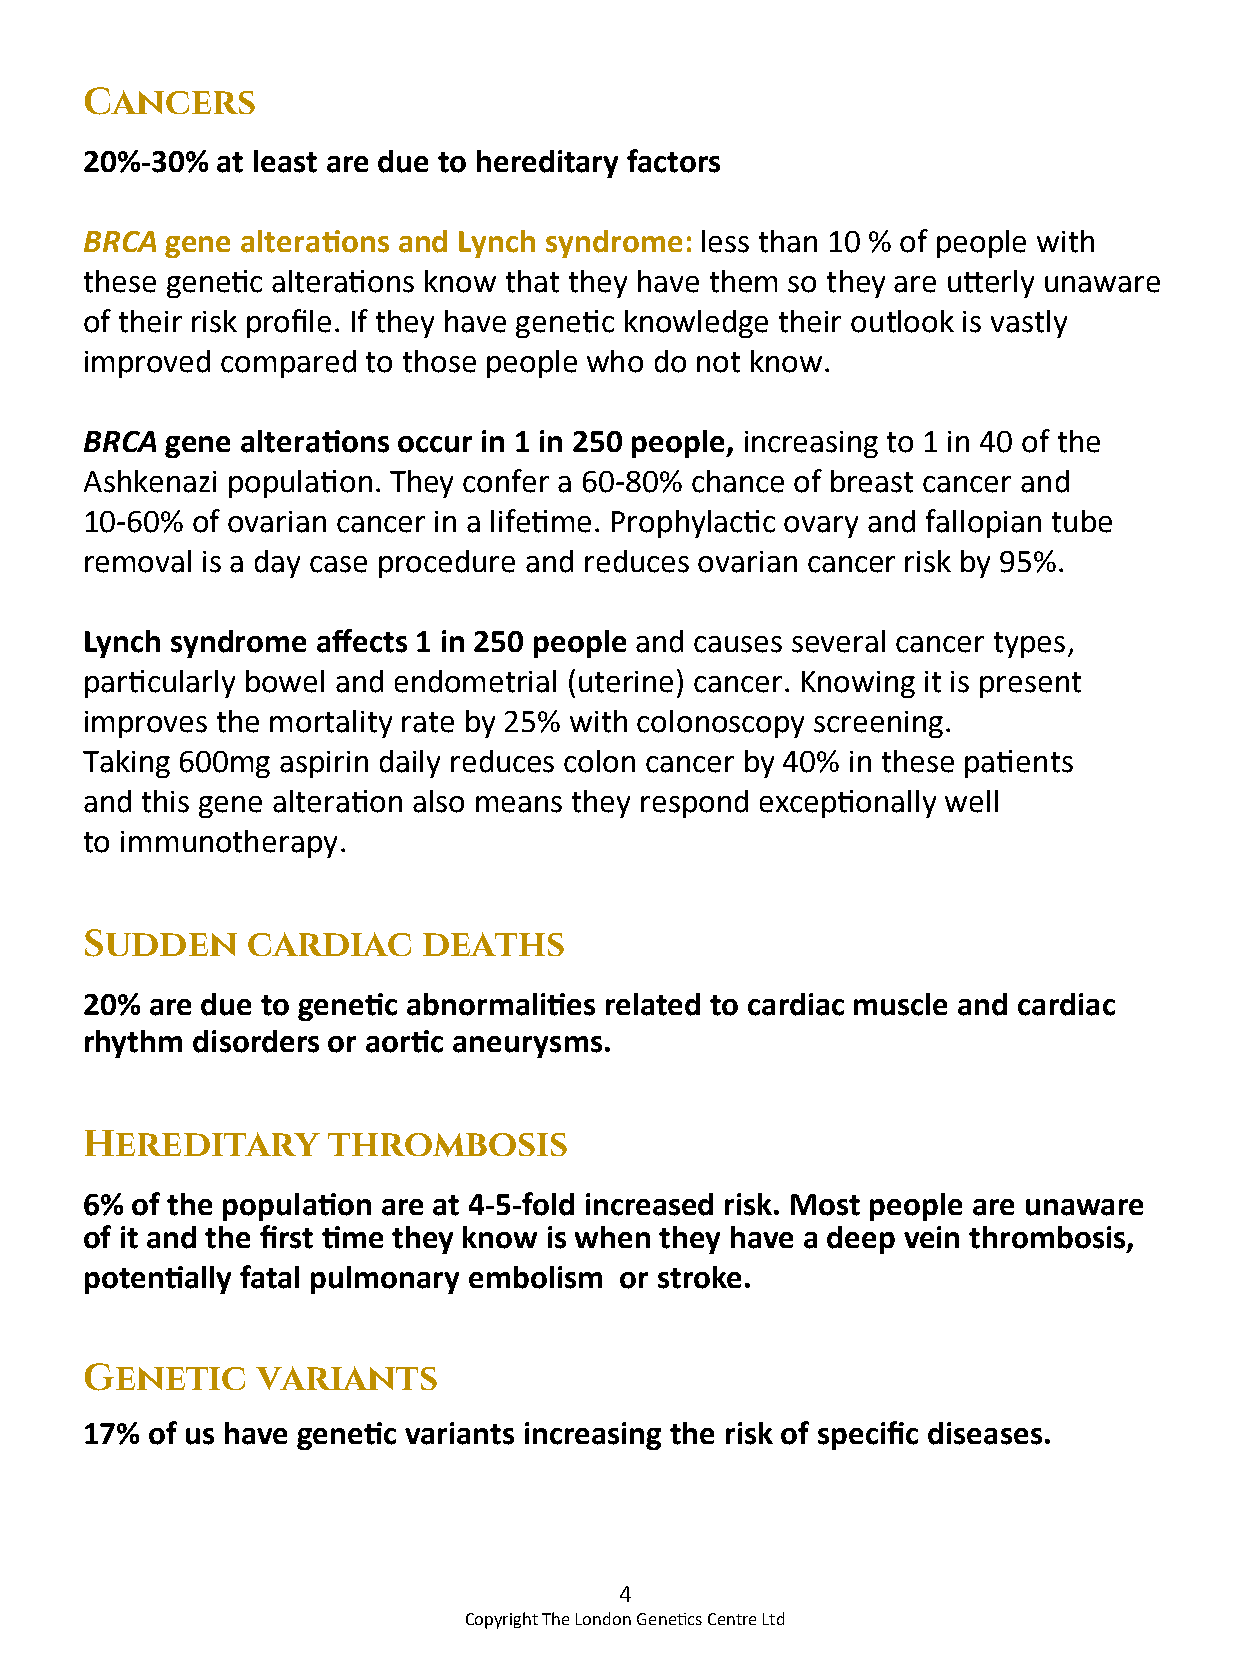
Cancers
 20%-30% at least are due to hereditary factors
 BRCA gene alterations and Lynch syndrome: less than 10 % of people with
 these genetic alterations know that they have them so they are utterly unaware
 of their risk profile. If they have genetic knowledge their outlook is vastly
 improved compared to those people who do not know.
 BRCA gene alterations occur in 1 in 250 people, increasing to 1 in 40 of the
 Ashkenazi population. They confer a 60-80% chance of breast cancer and
 10-60% of ovarian cancer in a lifetime. Prophylactic ovary and fallopian tube
 removal is a day case procedure and reduces ovarian cancer risk by 95%.
 Lynch syndrome affects 1 in 250 people and causes several cancer types,
 particularly bowel and endometrial (uterine) cancer. Knowing it is present
 improves the mortality rate by 25% with colonoscopy screening.
 Taking 600mg aspirin daily reduces colon cancer by 40% in these patients
 and this gene alteration also means they respond exceptionally well
 to immunotherapy.
 Sudden    cardiac     deaths
 20% are due to genetic abnormalities related to cardiac muscle and cardiac
 rhythm disorders or aortic aneurysms.
 Hereditary      thrombosis
 6% of the population are at 4-5-fold increased risk. Most people are unaware
 of it and the first time they know is when they have a deep vein thrombosis,
 potentially fatal pulmonary embolism or stroke.
 Genetic    variants
 17% of us have genetic variants increasing the risk of specific diseases.
 4
 Copyright The London Genetics Centre Ltd